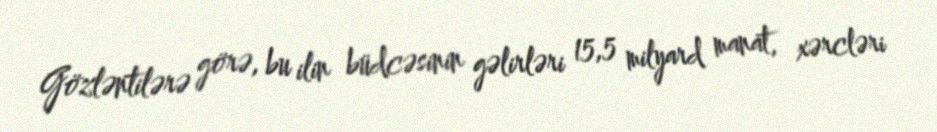
Gözləntilərə görə, bu ilin büdcəsinin gəlirləri 15,5 milyard manat, xərcləri